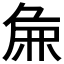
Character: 𫝖